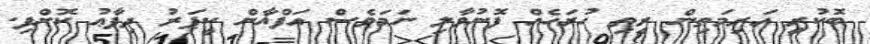
ބޮކުރީ އަރިމަތިން ރީތި ހުރަހެއް ފޮނުވާލި ނަމަވެސް އަފްޣާން ކީޕަރު ދިފާޢު ކޮށްފި.